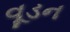
વૂડન